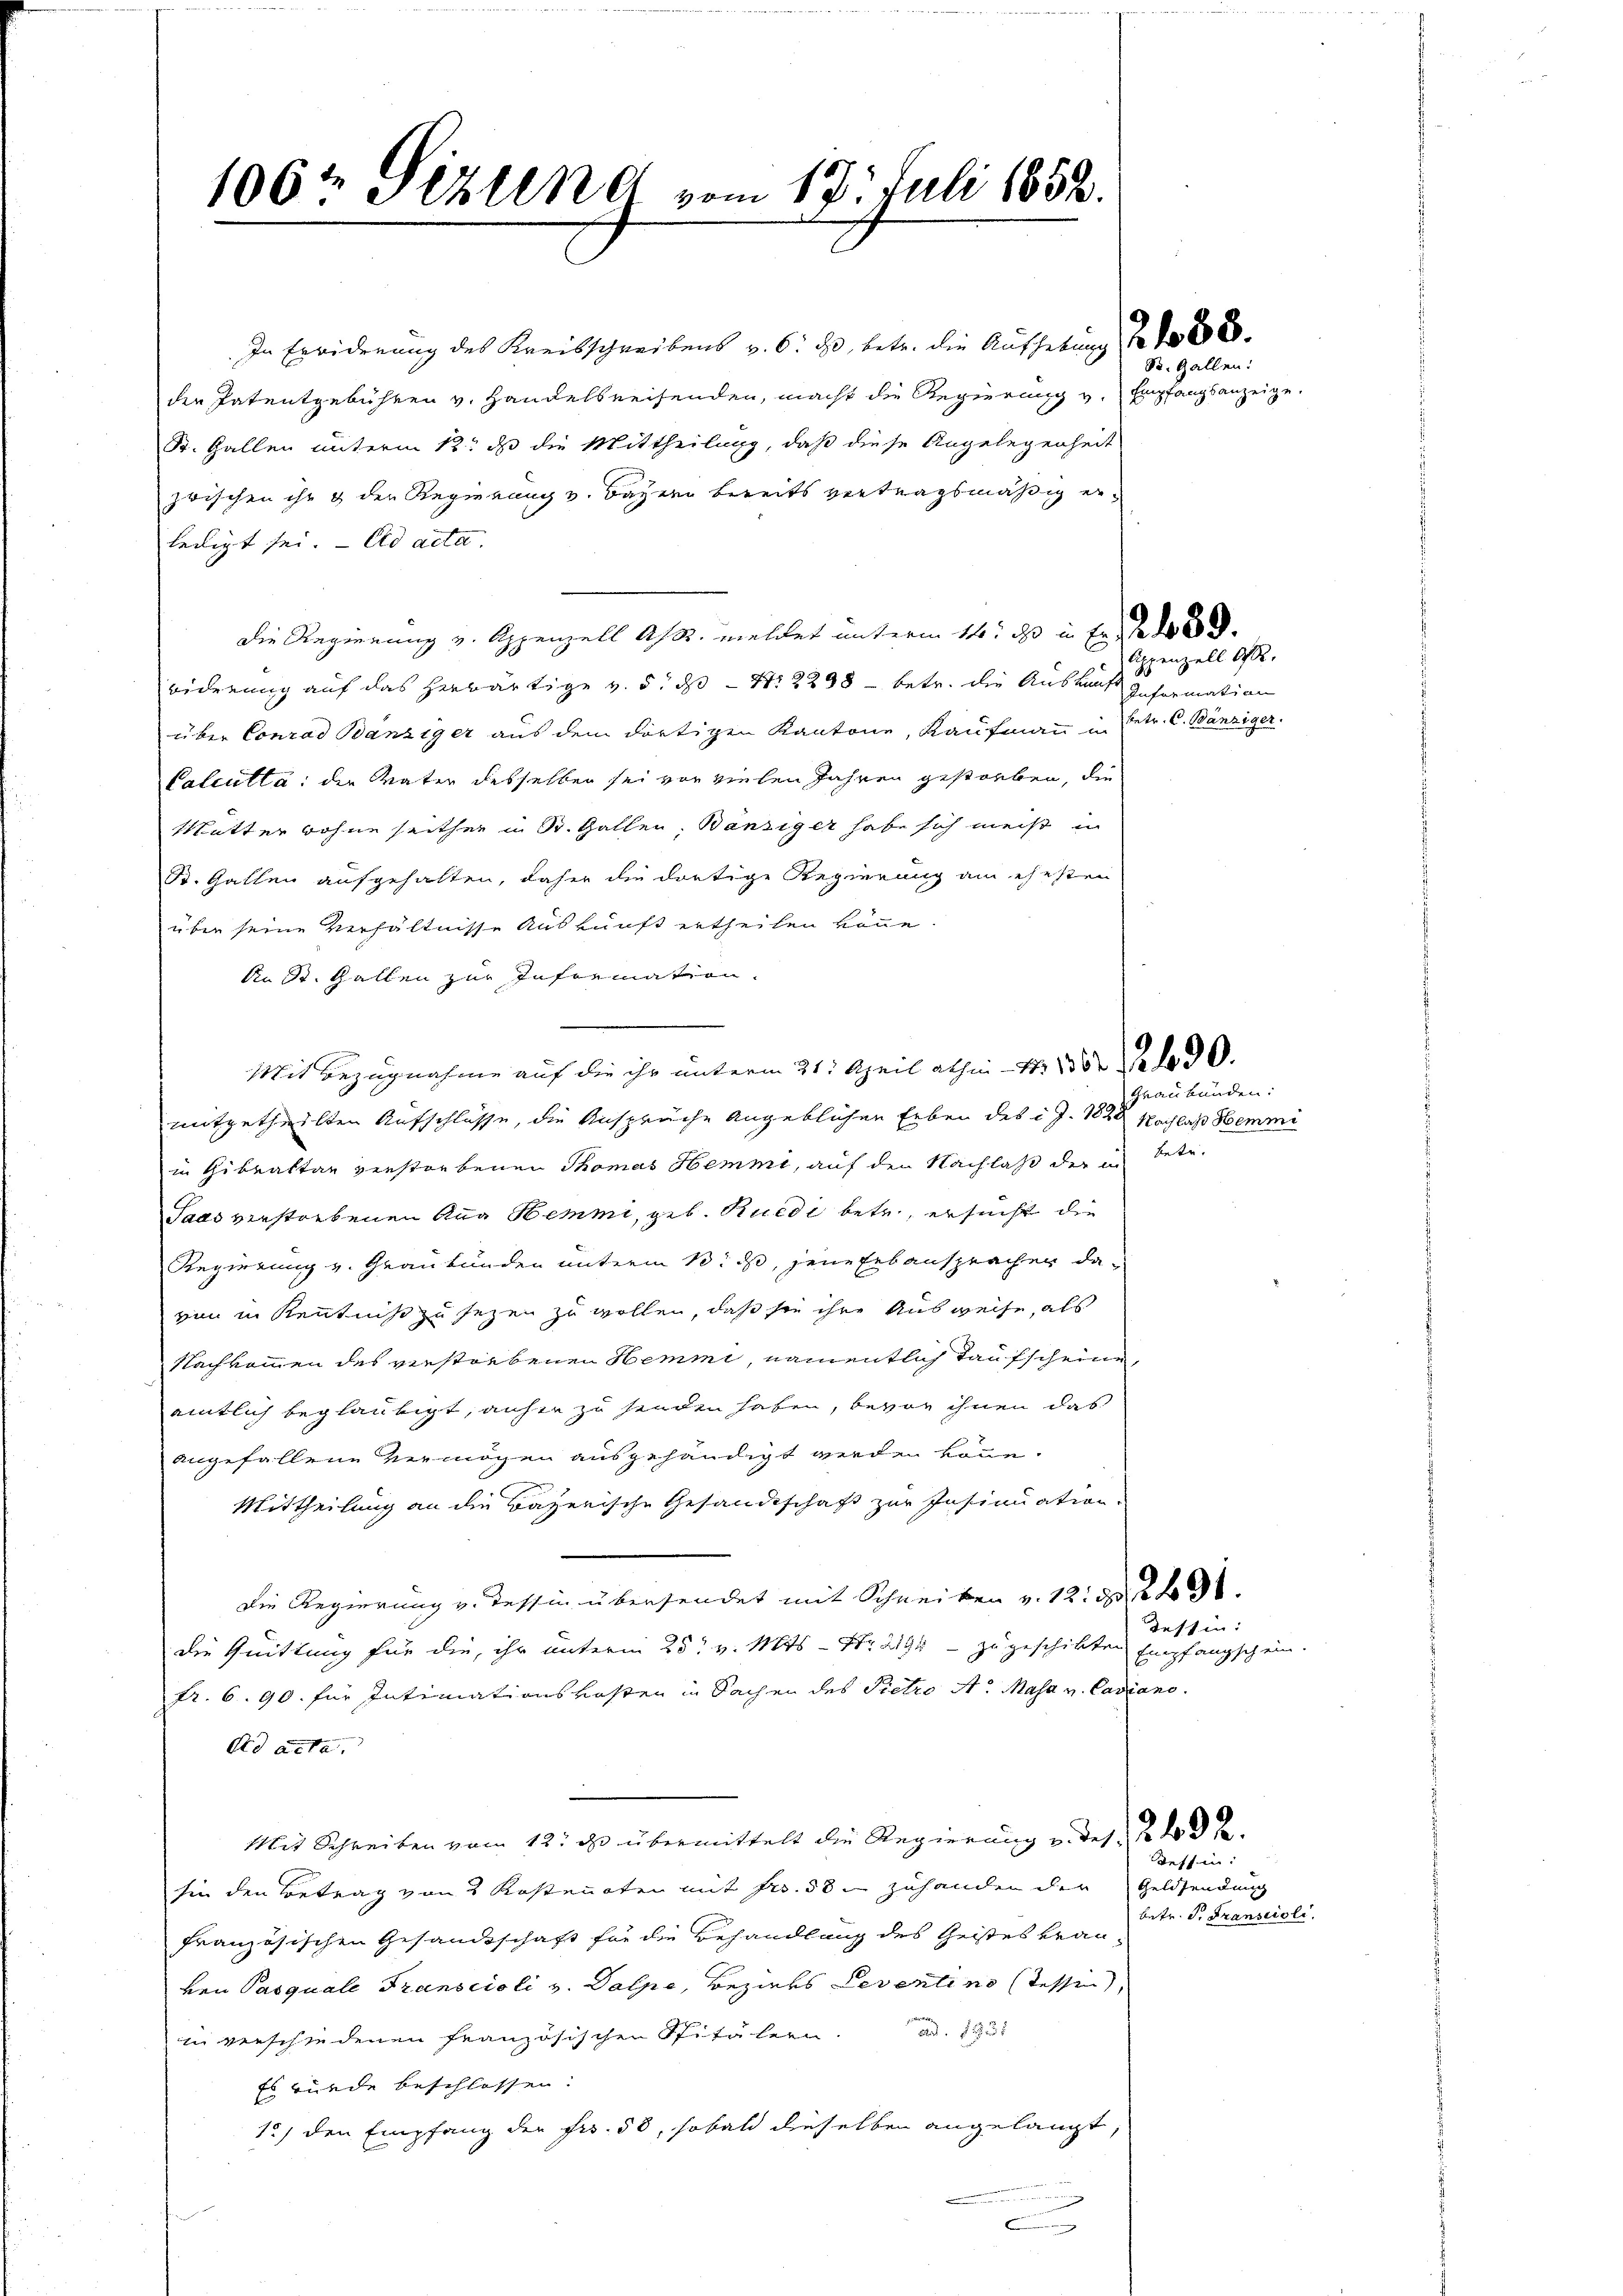
106t Sizung vom 17. Juli 1858.
de

In Erwiderung des Kreisschreibens v. 6. ds, betr. die Aufhebung 188
der Patentgebühren v. Handelsreisenden, macht die Regierung v. Empfangsanzeige.
B. Gallen unterm 12. ds die Mittheilung, daß diese Angelegenheit
zwischen ihr & der Regierung v. Bayern bereits vertragsmäßig erledigt sei. - Ad acta.
Die Regierung v. Appenzell Astr. meldet unterm 14. ds in Erde 1883.
biderung auf das herwärtige v. 5. ds N. 2298 - betr. die Auskauf Information
über Conrad Bänziger aus dem dortigen Kantone, Kaufmann in
Calcutta: die Vater desselben sei vor vielen Jahren gestorben, die
Mutter wohne seither in St. Gallen, Bänziger habe sich meist in
St. Gallen aufgehalten, daher die dortige Regierung am ehesten
über seine Verhältnisse Auskunft ertheilen könne.
An St. Gallen zur Information.
Mit Bezugnahme auf die ihr unterm 31. April abhin - 1882 als 30.
mitgetheilten Aufschlüsse, die Anspräche angeblichen Erben des i J. 1889 Nachlaß Hemmi
in Gibraltan verstorbenen Thomas Hemme, auf den Nachlaß der in betr.
Paas verstorbenen Aug Hemmi, geb. Rüedi betr., ersucht die
Regierung v. Graubünden unterm 13. d, jene Erbanspracher davon in Kenntniß zu sezen zu wollen, daß sie ihre Ausweise, als
Nachkommen des verstorbenen Hemmi, namentlich Taufscheine
amtlich beglaubigt, anher zu senden haben, bevor ihnen das
angefallene Vermögen ausgehändigt werden könne.
Mittheilung an die Bayerische Gesandtschaft zur Insinuation
Die Regierung v. Tessin übersendet mit Schreiben v. 12. d. 240.
die Quittung für die, ihr unterm 25t v. Mts. – Nr. 294 – zu geschikten Empfangschein.
fr. 6. 90. für Intimationskosten in Sachen des Pietro A. Masa u. Casiano.
Ad acta.
Mit Schreiben vom 12. ds. übermittelt die Regierung u. des § 203.
sie den Betrag von 3 Kostenoten mit Fr. 58 zuhanden der Geldsendung
französischen Gesandtschaft für die Behandlung des Geistes Frau
ken Pasquale Transcioli v. Dalpe, Bezirks Leventi no tessen,
in verschiedenen französischen Spitälern. ad 1
Es würde beschlossen.
1) den Empfang der Fr. 58, sobald dieselben angelangt
c

S. Gallen:

Appenzell Off.
betr. C. Bänziger.

Graubünden:

Tessin:

Teffin:

betr. T. Transcioli